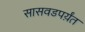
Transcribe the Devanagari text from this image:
सासवडपर्य़ंत